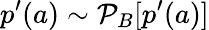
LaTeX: p^{\prime}(a)\sim\mathcal{P}_{B}[p^{\prime}(a)]